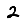
Digit: 2